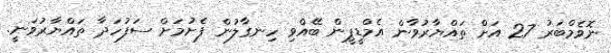
ނޮވެމްބަރު 27 އަށް ތައްޔާރުވާން އެމްޑީޕީން ބޭއްވި ހިނގާލުން ފެށުމަށް ސަފުހަދާ ތައްޔާރުވަނީ.